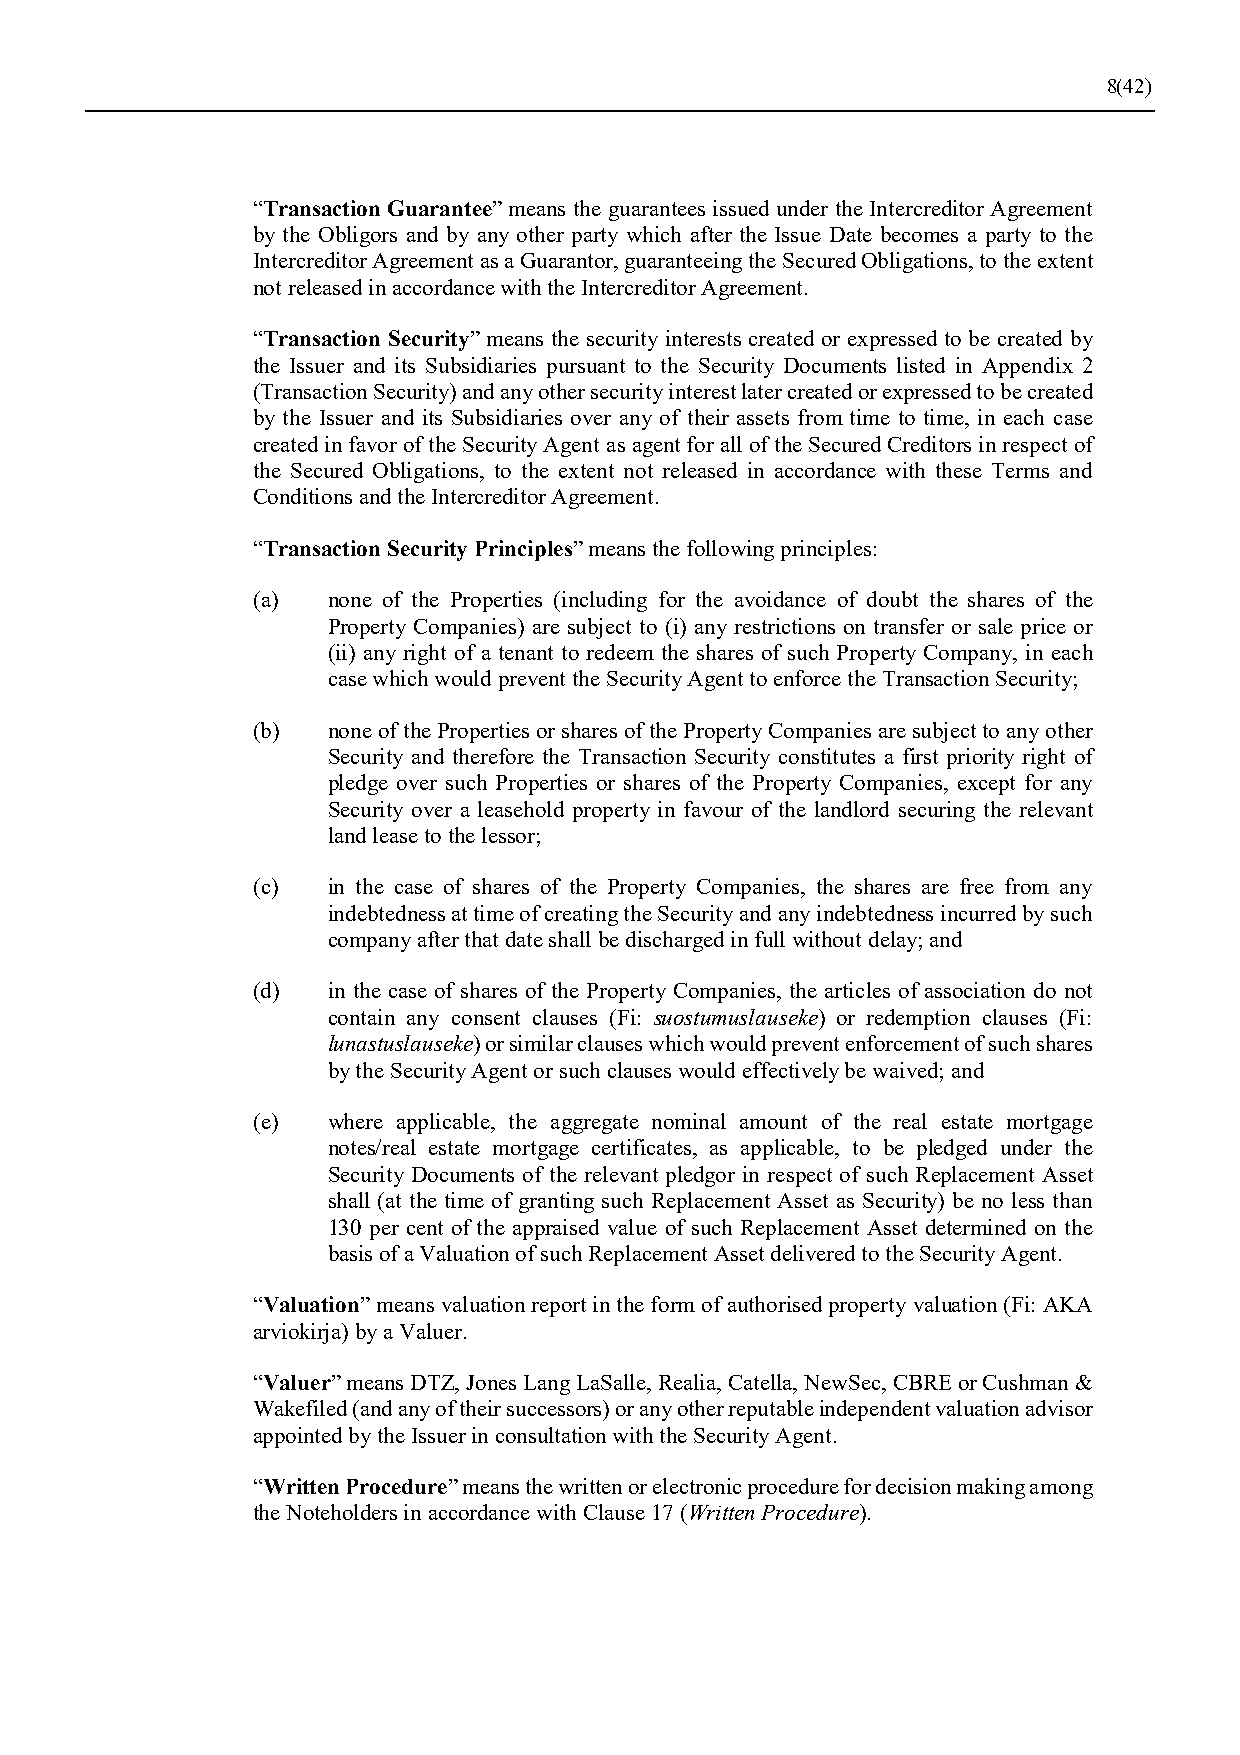
8(42)
 “Transaction Guarantee” means the guarantees issued under the Intercreditor Agreement
 by the Obligors and by any other party which after the Issue Date becomes a party to the
 Intercreditor Agreement as a Guarantor, guaranteeing the Secured Obligations, to the extent
 not released in accordance with the Intercreditor Agreement.
 “Transaction Security” means the security interests created or expressed to be created by
 the Issuer and its Subsidiaries pursuant to the Security Documents listed in Appendix 2
 (Transaction Security) and any other security interest later created or expressed to be created
 by the Issuer and its Subsidiaries over any of their assets from time to time, in each case
 created in favor of the Security Agent as agent for all of the Secured Creditors in respect of
 the Secured Obligations, to the extent not released in accordance with these Terms and
 Conditions and the Intercreditor Agreement.
 “Transaction Security Principles” means the following principles:
 (a)  none of the Properties (including for the avoidance of doubt the shares of the
 Property Companies) are subject to (i) any restrictions on transfer or sale price or
 (ii) any right of a tenant to redeem the shares of such Property Company, in each
 case which would prevent the Security Agent to enforce the Transaction Security;
 (b)  none of the Properties or shares of the Property Companies are subject to any other
 Security and therefore the Transaction Security constitutes a first priority right of
 pledge over such Properties or shares of the Property Companies, except for any
 Security over a leasehold property in favour of the landlord securing the relevant
 land lease to the lessor;
 (c)  in the case of shares of the Property Companies, the shares are free from any
 indebtedness at time of creating the Security and any indebtedness incurred by such
 company after that date shall be discharged in full without delay; and
 (d)  in the case of shares of the Property Companies, the articles of association do not
 contain any consent clauses (Fi: suostumuslauseke) or redemption clauses (Fi:
 lunastuslauseke) or similar clauses which would prevent enforcement of such shares
 by the Security Agent or such clauses would effectively be waived; and
 (e)  where applicable, the aggregate nominal amount of the real estate mortgage
 notes/real estate mortgage certificates, as applicable, to be pledged under the
 Security Documents of the relevant pledgor in respect of such Replacement Asset
 shall (at the time of granting such Replacement Asset as Security) be no less than
 130 per cent of the appraised value of such Replacement Asset determined on the
 basis of a Valuation of such Replacement Asset delivered to the Security Agent.
 “Valuation” means valuation report in the form of authorised property valuation (Fi: AKA
 arviokirja) by a Valuer.
 “Valuer” means DTZ, Jones Lang LaSalle, Realia, Catella, NewSec, CBRE or Cushman &
 Wakefiled (and any of their successors) or any other reputable independent valuation advisor
 appointed by the Issuer in consultation with the Security Agent.
 “Written Procedure” means the written or electronic procedure for decision making among
 the Noteholders in accordance with Clause 17 (Written Procedure).